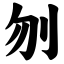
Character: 刎